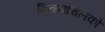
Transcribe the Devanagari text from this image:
विन्ध्याचलको